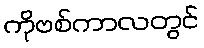
ကိုဗစ်ကာလတွင်